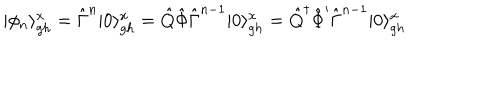
| \phi _ { n } \rangle _ { g h } ^ { x } = \hat { \Gamma } ^ { n } | 0 \rangle _ { g h } ^ { x } = \hat { Q } \hat { \Phi } \hat { \Gamma } ^ { n - 1 } | 0 \rangle _ { g h } ^ { x } = \hat { Q } ^ { \dagger } \hat { \Phi } ^ { \prime } \hat { \Gamma } ^ { n - 1 } | 0 \rangle _ { g h } ^ { x }